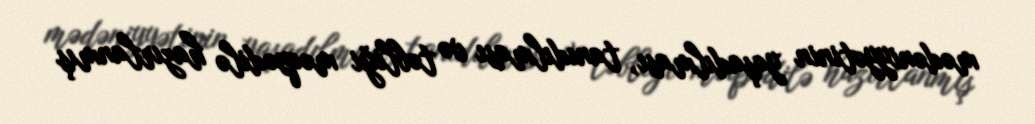
mədəniyyətinin yaşadılması, tanıdılması və təbliği məqsədilə hazırlanmış